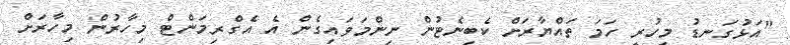
"އަޅުގަނޑު މިހުރީ ހަމަ ތައްޔާރަށް ކެބިނެޓުން ނިންމަވައިގެން އެ އެގްރިމަންޓް މިހާރުން މިހާރަށް